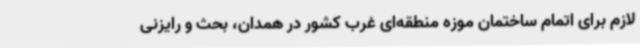
لازم برای اتمام ساختمان موزه منطقه‌ای غرب کشور در همدان، بحث و رایزنی